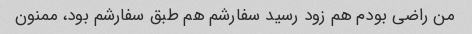
من راضی بودم هم زود رسید سفارشم هم طبق سفارشم بود، ممنون